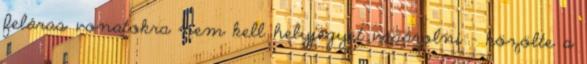
feláras vonatokra nem kell helyjegyet vásárolni - közölte a